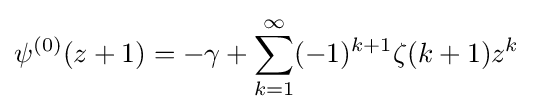
\psi ^{(0)}(z+1)=-\gamma +\sum _{k=1}^{\infty }(-1)^{k+1}\zeta (k+1)z^{k}